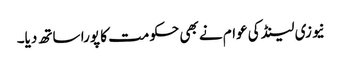
نیوزی لینڈ کی عوام نے بھی حکومت کا پورا ساتھ دیا۔